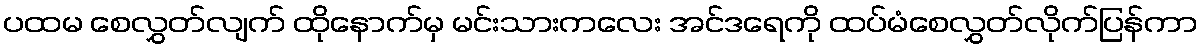
ပထမ စေလွှတ်လျက် ထိုနောက်မှ မင်းသားကလေး အင်ဒရေကို ထပ်မံစေလွှတ်လိုက်ပြန်ကာ